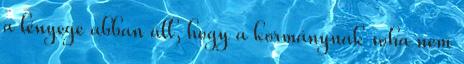
a lényege abban áll, hogy a kormánynak soha nem